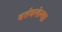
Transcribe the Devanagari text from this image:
वर्तवलेल्या